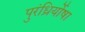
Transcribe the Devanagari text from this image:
पुरंध्रिर्योषा